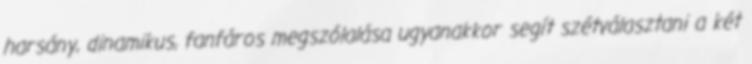
harsány, dinamikus, fanfáros megszólalása ugyanakkor segít szétválasztani a két